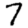
Digit: 7